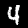
Digit: 4